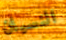
النسيان